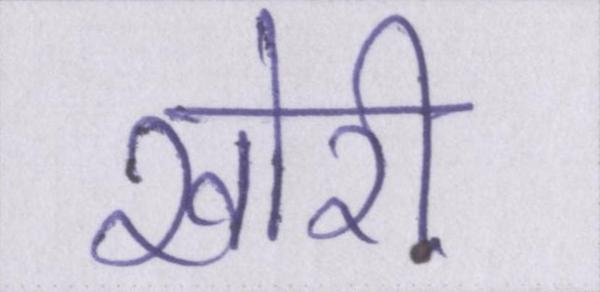
खोरी